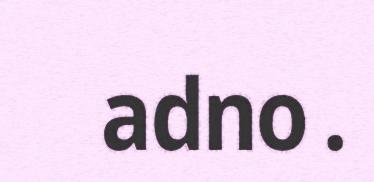
adno.